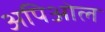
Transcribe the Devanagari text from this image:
अपिओल